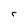
Character: r